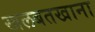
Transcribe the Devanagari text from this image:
खलबतखाना